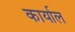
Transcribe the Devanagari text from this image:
कार्याल